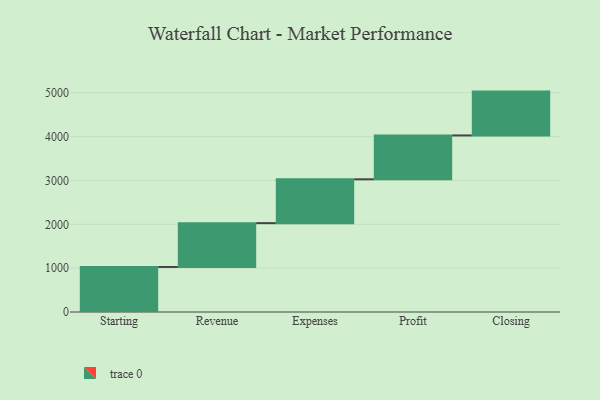
{"axis": {"x": "Step", "y": "Value"}, "legend": [""], "data": [{"x": "Starting", "y": 1027.0, "type": ""}, {"x": "Revenue", "y": 1000, "type": ""}, {"x": "Expenses", "y": 1000, "type": ""}, {"x": "Profit", "y": 1000, "type": ""}, {"x": "Closing", "y": 1000, "type": ""}]}